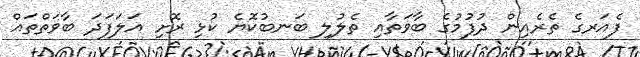
ފެއަރގެ ތެރެއިން ދުފުމުގެ ބާވަތާއި ތެލުލި ބަނބުކޮޔެ ކުޅި ރޮށި އަލަފަދަ ބާވަތްތައް